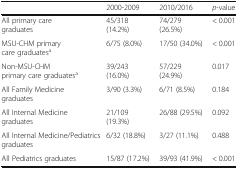
|  | 2000-2009 | 2010/2016 | p-value |
 | --- | --- | --- | --- |
 | All primary care graduates | 45/318 (14.2%) | 74/279 (26.5%) | < 0.001 |
 | MSU-CHM primary care graduatesa | 6/75 (8.0%) | 17/50 (34.0%) | < 0.001 |
 | Non-MSU-CHM primary care graduatesa | 39/243 (16.0%) | 57/229 (24.9%) | 0.017 |
 | All Family Medicine graduates | 3/90 (3.3%) | 6/71 (8.5%) | 0.184 |
 | All Internal Medicine graduates | 21/109 (19.3%) | 26/88 (29.5%) | 0.092 |
 | All Internal Medicine/Pediatrics graduates | 6/32 (18.8%) | 3/27 (11.1%) | 0.488 |
 | All Pediatrics graduates | 15/87 (17.2%) | 39/93 (41.9%) | < 0.001 |